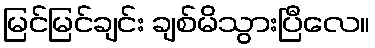
မြင်မြင်ချင်း ချစ်မိသွားပြီလေ။